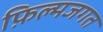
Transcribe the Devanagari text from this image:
फ़िल्मजगत